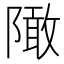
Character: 䧩